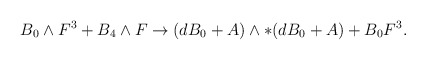
\begin{align*}B_{0}\wedge F^3 + B_{4}\wedge F \to(dB_0 + A)\wedge *(dB_0 + A) + B_{0} F^3. \end{align*}